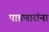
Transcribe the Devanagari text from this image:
पाहणारांना